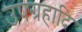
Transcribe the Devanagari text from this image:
उपग्रहादि